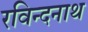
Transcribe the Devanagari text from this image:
रविन्दनाथ